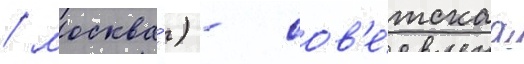
/ москва́) - сов'е́тскаа